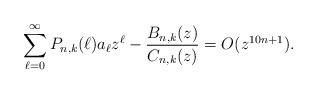
LaTeX: \begin{align*}\sum_{\ell=0}^{\infty} P_{n,k}(\ell)a_{\ell}z^{\ell}-\frac{B_{n,k}(z)}{C_{n,k}(z)}=O(z^{10n+1}).\end{align*}